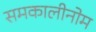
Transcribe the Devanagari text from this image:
समकालीनोम